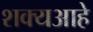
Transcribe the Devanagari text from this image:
शक्यआहे